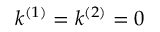
k ^ { ( 1 ) } = k ^ { ( 2 ) } = 0